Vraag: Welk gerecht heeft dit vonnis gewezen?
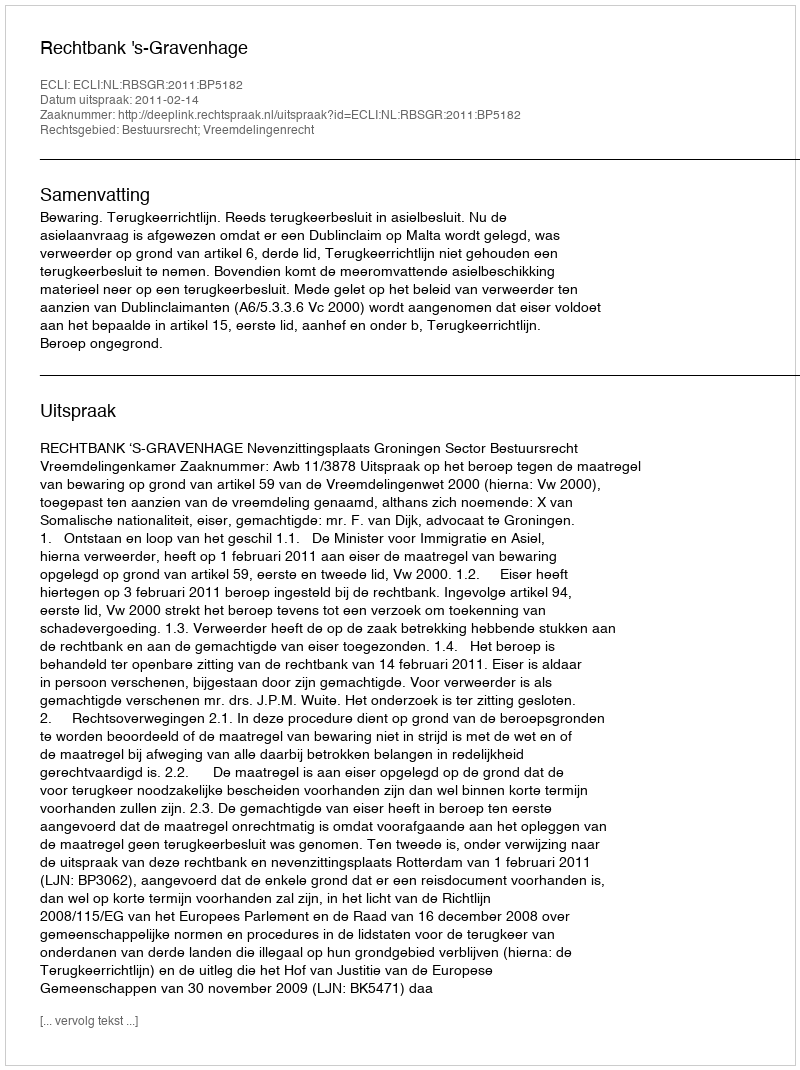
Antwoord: Rechtbank 's-Gravenhage